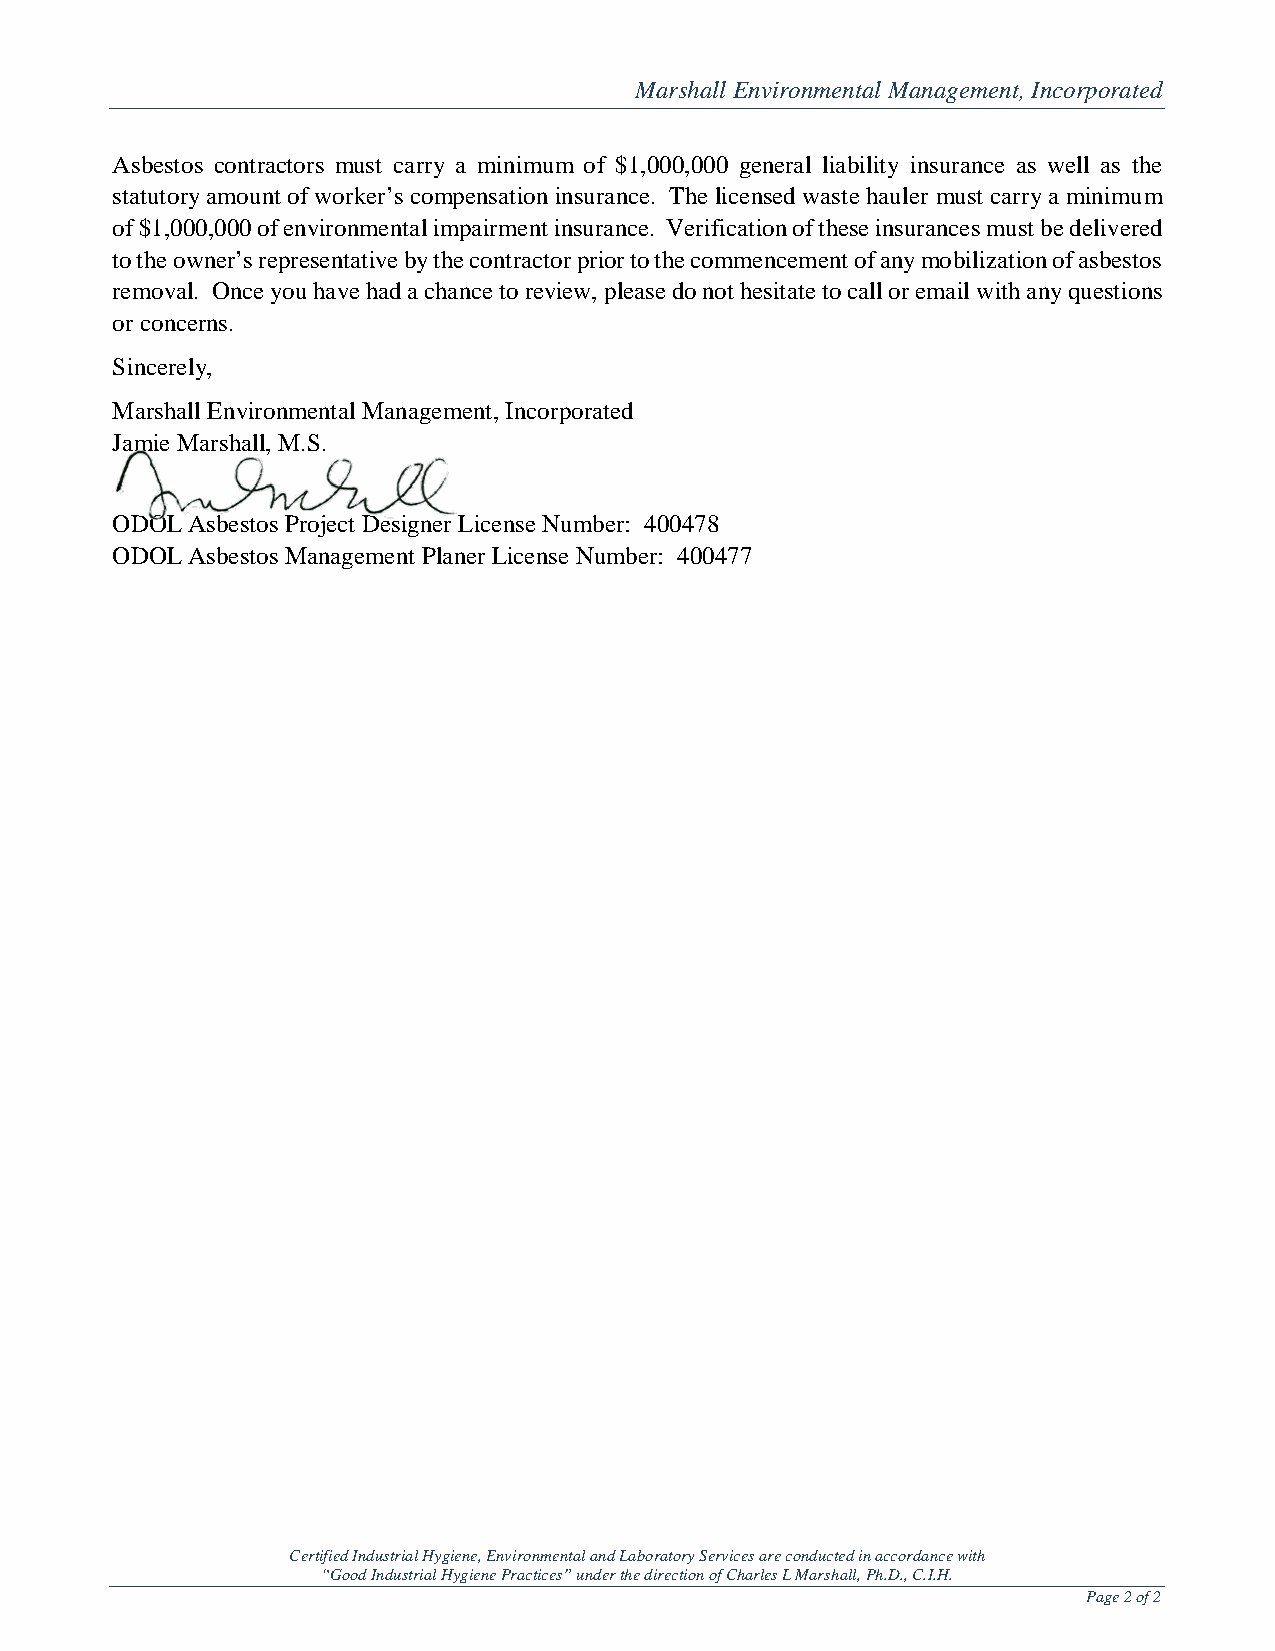
Marshall Environmental Management, Incorporated
 Asbestos contractors must carry a minimum of $1,000,000 general liability insurance as well as the
 statutory amount of worker’s compensation insurance. The licensed waste hauler must carry a minimum
 of $1,000,000 of environmental impairment insurance. Verification of these insurances must be delivered
 to the owner’s representative by the contractor prior to the commencement of any mobilization of asbestos
 removal. Once you have had a chance to review, please do not hesitate to call or email with any questions
 or concerns.
 Sincerely,
 Marshall Environmental Management, Incorporated
 Jamie Marshall, M.S.
 ODOL Asbestos Project Designer License Number: 400478
 ODOL Asbestos Management Planer License Number: 400477
 Certified Industrial Hygiene, Environmental and Laboratory Services are conducted in accordance with
 “Good Industrial Hygiene Practices” under the direction of Charles L Marshall, Ph.D., C.I.H.
 Page 2 of 2